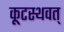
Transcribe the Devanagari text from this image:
कूटस्थवत्‌